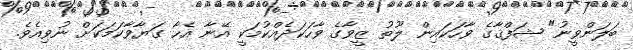
ބަލަންވީނު" ޝަފްޤާގެ ވާހަކައިން ލޫތު ޒީވާގެ ވާހަކަދެއްކުމަކީ އޭނާ އެހާ ގަޔާވާކަމަކަށް ނުވިއެވެ.